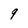
Character: 9